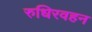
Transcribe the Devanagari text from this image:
रुधिरवहन